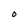
Character: O